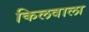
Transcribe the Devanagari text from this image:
किलवाला